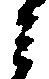
ミ